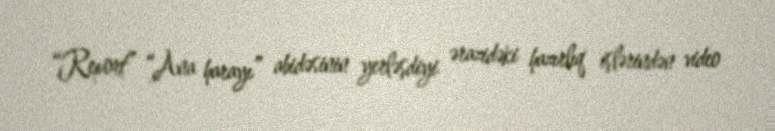
“Report” “Ana harayı” abidəsinin yerləşdiyi ərazidəki hazırlıq işlərindən video